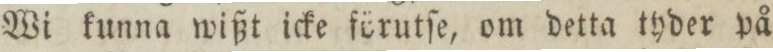
Wi kunna wißt icke förutſe, om detta tyder på